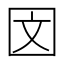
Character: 𪢨